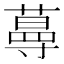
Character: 𱾟